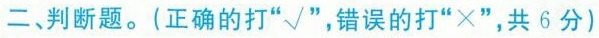
二、判断题。(正确的打”√”，错误的打”×”，共6分)